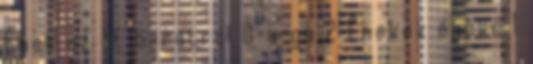
Ének az öt barátról O-u-ga 2 Énekek éneke 1